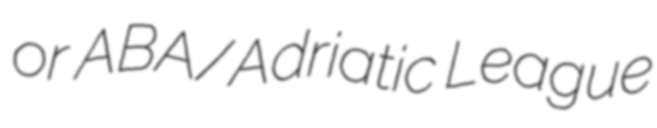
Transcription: or ABA/Adriatic League